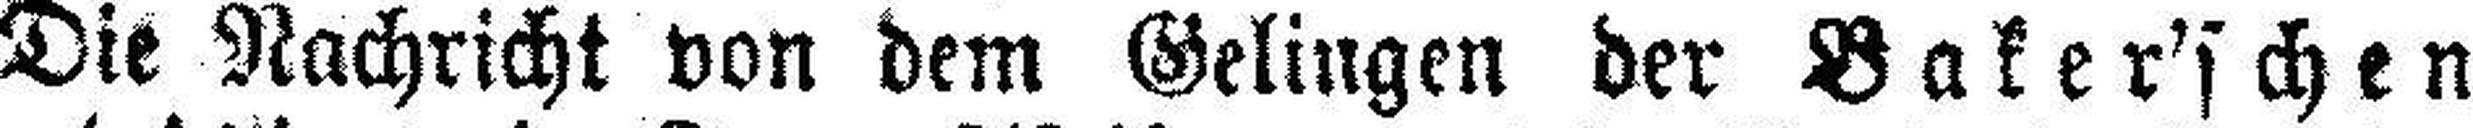
Die Nachricht von dem Gelingen der Baker'schen